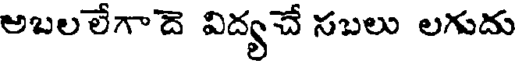
అబలలేగాదె విద్యచే సబలు లగుదు